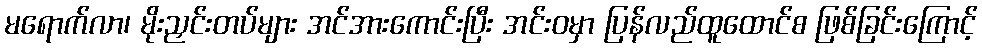
မရောက်လာ၊ မိုးညှင်းတပ်များ အင်အားကောင်းပြီး အင်းဝမှာ ပြန်လည်ထူထောင်စ ဖြစ်ခြင်းကြောင့်